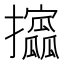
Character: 𫾞